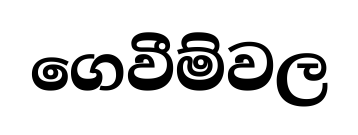
ගෙවීම්වල